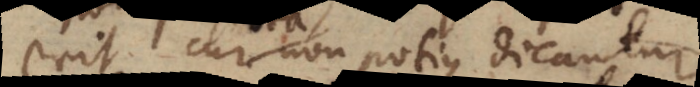
erit cur non potius dicantur